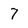
Character: 7